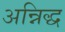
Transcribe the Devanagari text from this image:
अन्निद्ध